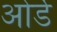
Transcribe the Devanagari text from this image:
ओर्डे